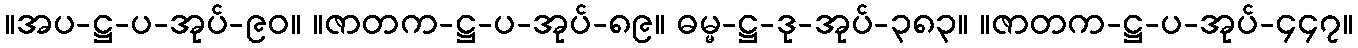
။အပ-ဋ္ဌ-ပ-အုပ်-၉၀။ ။ဇာတက-ဋ္ဌ-ပ-အုပ်-၈၉။ ဓမ္မ-ဋ္ဌ-ဒု-အုပ်-၃၈၃။ ။ဇာတက-ဋ္ဌ-ပ-အုပ်-၄၄၇။